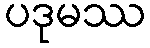
ပဒုမဿ